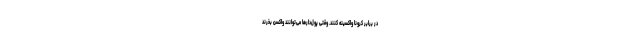
در برابر کرونا واکسینه کنند. وقتی پول‌دارها می‌توانند واکسن بخرند